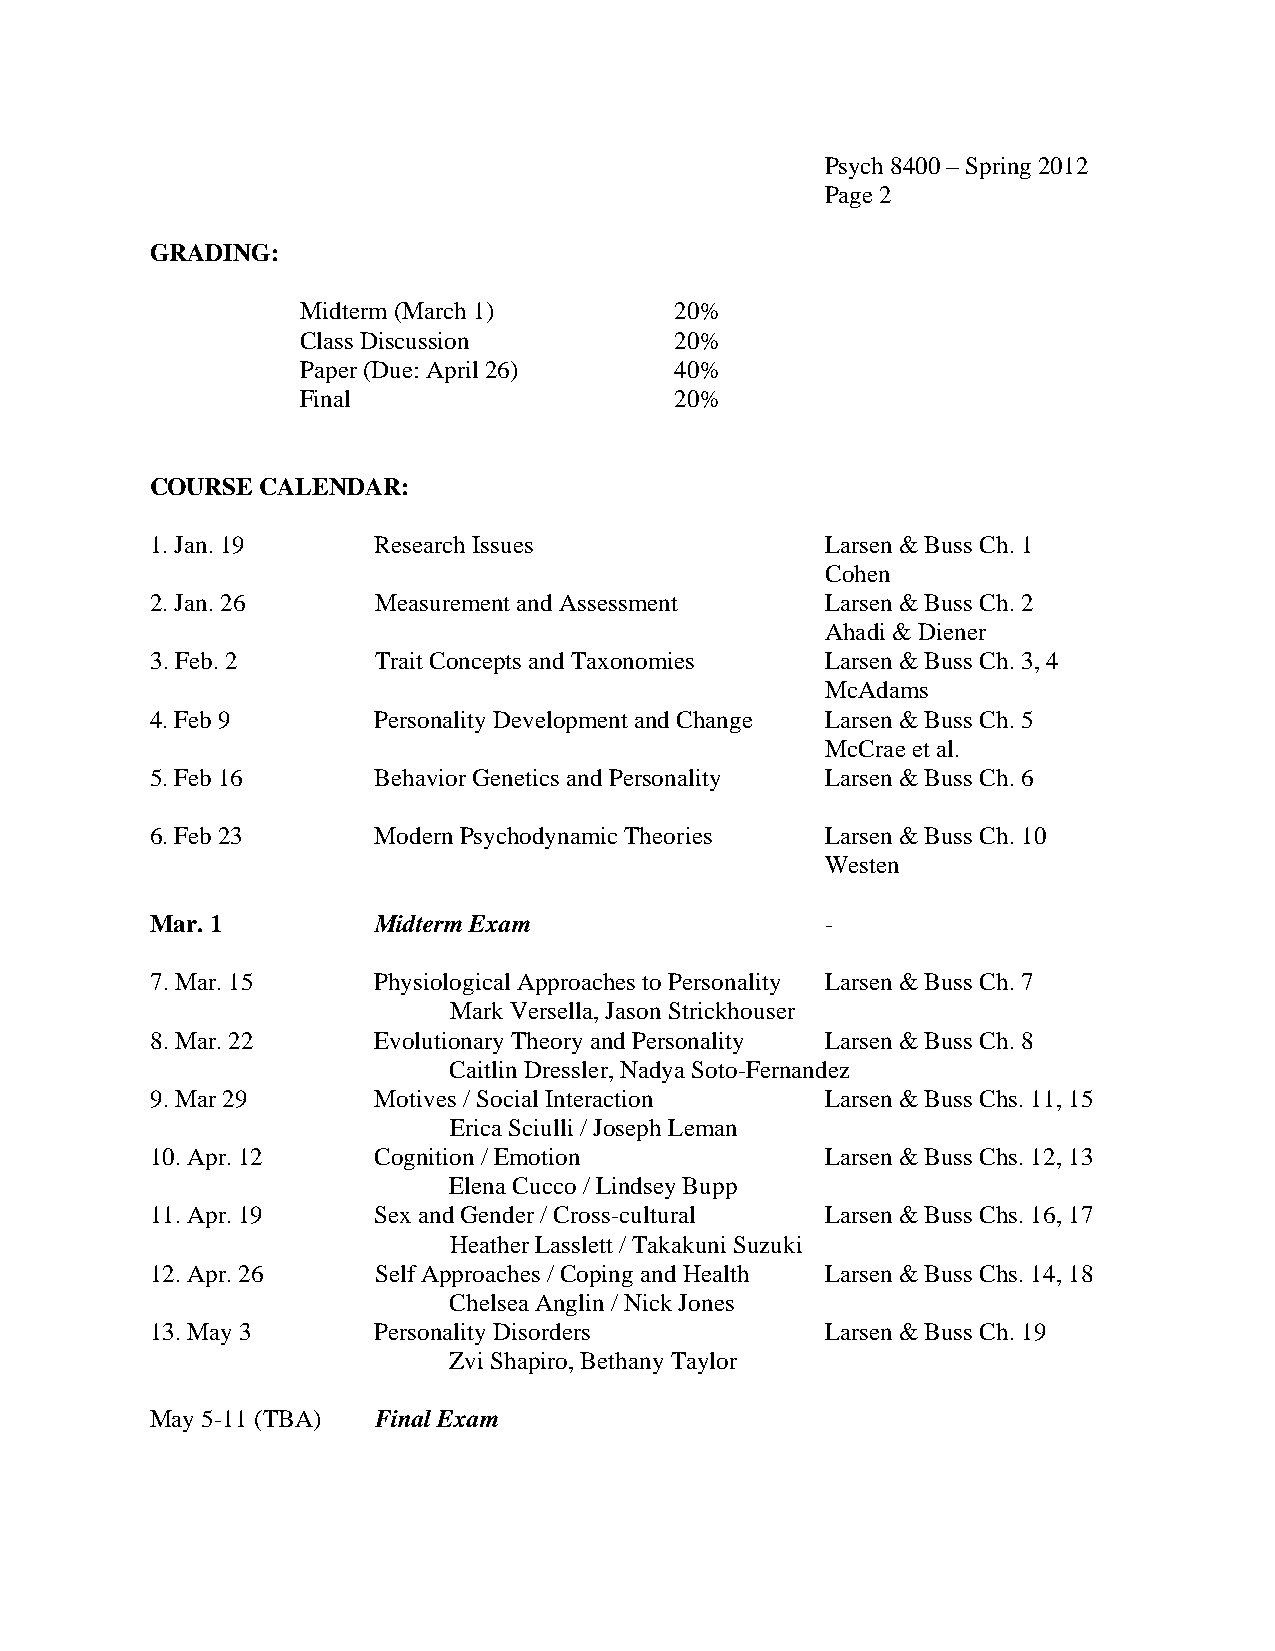
Psych 8400 – Spring 2012
 Page 2
 GRADING:
 Midterm (March 1)        20%
 Class Discussion         20%
 Paper (Due: April 26)    40%
 Final                    20%
 COURSE CALENDAR:
 1. Jan. 19     Research Issues               Larsen & Buss Ch. 1
 Cohen
 2. Jan. 26     Measurement and Assessment    Larsen & Buss Ch. 2
 Ahadi & Diener
 3. Feb. 2      Trait Concepts and Taxonomies Larsen & Buss Ch. 3, 4
 McAdams
 4. Feb 9       Personality Development and Change Larsen & Buss Ch. 5
 McCrae et al.
 5. Feb 16      Behavior Genetics and Personality Larsen & Buss Ch. 6
 6. Feb 23      Modern Psychodynamic Theories Larsen & Buss Ch. 10
 Westen
 Mar. 1         Midterm Exam                  -
 7. Mar. 15     Physiological Approaches to Personality Larsen & Buss Ch. 7
 Mark Versella, Jason Strickhouser
 8. Mar. 22     Evolutionary Theory and Personality Larsen & Buss Ch. 8
 Caitlin Dressler, Nadya Soto-Fernandez
 9. Mar 29      Motives / Social Interaction  Larsen & Buss Chs. 11, 15
 Erica Sciulli / Joseph Leman
 10. Apr. 12    Cognition / Emotion           Larsen & Buss Chs. 12, 13
 Elena Cucco / Lindsey Bupp
 11. Apr. 19    Sex and Gender / Cross-cultural Larsen & Buss Chs. 16, 17
 Heather Lasslett / Takakuni Suzuki
 12. Apr. 26    Self Approaches / Coping and Health Larsen & Buss Chs. 14, 18
 Chelsea Anglin / Nick Jones
 13. May 3      Personality Disorders         Larsen & Buss Ch. 19
 Zvi Shapiro, Bethany Taylor
 May 5-11 (TBA) Final Exam